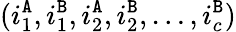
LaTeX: (i_{1}^{\tt A},i_{1}^{\tt B},i_{2}^{\tt A},i_{2}^{\tt B},\ldots,i_{c}^{\tt B})